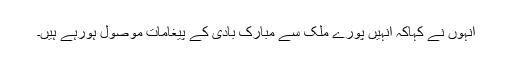
انہوں نے کہاکہ انہیں پورے ملک سے مبارک بادی کے پیغامات موصول ہورہے ہیں۔